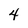
Character: 4